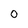
Character: O